Report of the Indian Hemp Drugs Commission, 1894-1895 - Volume IV
Year: 1894
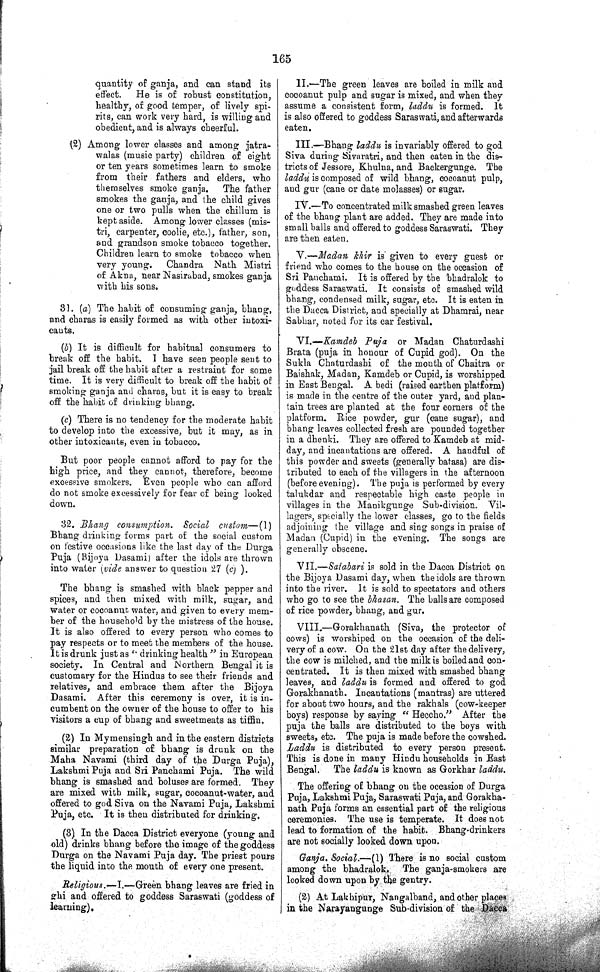
165
quantity of ganja, and can stand its
effect.
He is of robust constitution,
healthy, of good temper, of lively spi¬
rits, can work very hard, is willing and
obedient, and is always cheerful.
(2) Among lower classes and among jatra-
walas (music party) children of eight
or ten years sometimes learn to smoke
from their fathers and elders, who
themselves smoke ganja. The father
smokes the ganja, and the child gives
one or two pulls when the chillum is
kept aside. Among lower classes (mis-
tri, carpenter, coolie, etc.), father, son,
and grandson smoke tobacco together.
Children learn to smoke tobacco when
very young. Chandra Nath Mistri
of Akna, near Nasirabad, smokes ganja
with his sons.
31. (a) The habit of consuming ganja, bhang,
and charas is easily formed as with other intoxi¬
cants.
(b) It is difficult for habitual consumers to
break off the habit. I have seen people sent to
jail break off the habit after a restraint for some
time. It is very difficult to break off the habit of
smoking ganja and charas, but it is easy to break
off the habit of drinking bhang.
(c) There is no tendency for the moderate habit
to develop into the excessive, but it may, as in
other intoxicants, even in tobacco.
But poor people cannot afford to pay for the
high price, and they cannot, therefore, become
excessive smokers. Even people who can afford
do not smoke excessively for fear of being looked
down.
32. Bhang consumption. Social custom—(1)
Bhang drinking forms part of the social custom
on festive occasions like the last day of the Durga
Puja (Bijoya Dasami) after the idols are thrown
into water (vide answer to question 27 (c) ).
The bhang is smashed with black pepper and
spices, and then mixed with milk, sugar, and
water or cocoanut water, and given to every mem¬
ber of the household by the mistress of the house.
It is also offered to every person who comes to
pay respects or to meet the members of the house.
It is drunk just as "drinking health " in European
society. In Central and Northern Bengal it is
customary for the Hindus to see their friends and
relatives, and embrace them after the Bijoya
Dasami. After this ceremony is over, it is in¬
cumbent on the owner of the house to offer to his
visitors a cup of bhang and sweetmeats as tiffin.
(2) In Mymensingh and in the eastern districts
similar preparation of bhang is drunk on the
Maha Navami (third day of the Durga Puja),
Lakshmi Puja and Sri Panchami Puja. The wild
bhang is smashed and boluses are formed. They
are mixed with milk, sugar, cocoanut-water, and
offered to god Siva on the Navami Puja, Lakshmi
Puja, etc. It is then distributed for drinking.
(3) In the Dacca District everyone (young and
old) drinks bhang before the image of the goddess
Durga on the Navami Puja day. The priest pours
the liquid into the mouth of every one present.
Religious.—I.—Green bhang leaves are fried in
ghi and offered to goddess Saraswati (goddess of
learning).
II.—The green leaves are boiled in milk and
cocoanut pulp and sugar is mixed, and when they
assume a consistent form, laddu is formed. It
is also offered to goddess Saraswati, and afterwards
eaten.
III.—Bhang laddu is invariably offered to god
Siva during Sivaratri, and then eaten in the dis¬
tricts of Jessore, Khulna, and Backergunge. The
laddu is composed of wild bhang, cocoanut pulp,
and gur (cane or date molasses) or sugar.
IV.—To concentrated milk smashed green leaves
of the bhang plant are added. They are made into
small balls and offered to goddess Saraswati. They
are then eaten.
V.—Madan khir is given to every guest or
friend who comes to the house on the occasion of
Sri Panchami. It is offered by the bhadralok to
goddess Saraswati. It consists of smashed wild
bhang, condensed milk, sugar, etc. It is eaten in
the Dacca District, and specially at Dhamrai, near
Sabhar, noted for its car festival.
VI.—Kamdeb Puja or Madan Chaturdashi
Brata (puja in honour of Cupid god). On the
Sukla Chaturdashi of the month of Chaitra or
Baishak, Madan, Kamdeb or Cupid, is worshipped
in East Bengal. A bedi (raised earthen platform)
is made in the centre of the outer yard, and plan¬
tain trees are planted at the four corners of the
platform. Rice powder, gur (cane sugar), and
bhang leaves collected fresh are pounded together
in a dhenki. They are offered to Kamdeb at mid¬
day, and incantations are offered. A handful of
this powder and sweets (generally batasa) are dis¬
tributed to each of the villagers in the afternoon
(before evening). The puja is performed by every
talukdar and respectable high caste people in
villages in the Manikgunge Sub-division. Vil¬
lagers, specially the lower classes, go to the fields
adjoining the village and sing songs in praise of
Madan (Cupid) in the evening. The songs are
generally obscene.
VII.—Satabari is sold in the Dacca District on
the Bijoya Dasami day, when the idols are thrown
into the river. It is sold to spectators and others
who go to see the bhasan. The balls are composed
of rice powder, bhang, and gur.
VIII.—Gorakhanath (Siva, the protector of
cows) is worshiped on the occasion of the deli¬
very of a cow. On the 21st day after the delivery,
the cow is milched, and the milk is boiled and con¬
centrated. It is then mixed with smashed bhang
leaves, and laddu is formed and offered to god
Gorakhanath. Incantations (mantras) are uttered
for about two hours, and the rakhals (cow-keeper
boys) response by saying "Heccho."
After the
puja the balls are distributed to the boys with
sweets, etc. The puja is made before the cowshed.
Laddu is distributed to every person present.
This is done in many Hindu households in East
Bengal. The laddu is known as Gorkhar laddu.
The offering of bhang on the occasion of Durga
Puja, Lakshmi Puja, Saraswati Puja, and Gorakha¬
nath Puja forms an essential part of the religious
ceremonies. The use is temperate. It does not
lead to formation of the habit. Bhang-drinkers
are not socially looked down upon.
Ganja. Social.—(1) There is no social custom
among the bhadralok. The ganja-smokers are
looked down upon by the gentry.
(2) At Lakhipur, Nangalband, and other places
in the Narayangunge Sub-division of the Dacca